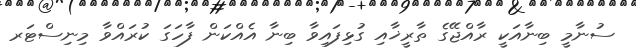
ސުނާމީ ބިނާއަކީ ރާއްޖޭގެ ތާރީޚާއި ގުޅިފައިވާ ބިނާ އެއްކަން ފާހަގަ ކުރައްވާ މިނިސްޓަރ